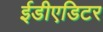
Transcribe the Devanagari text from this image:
ईडीएडिटर